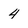
Character: 4